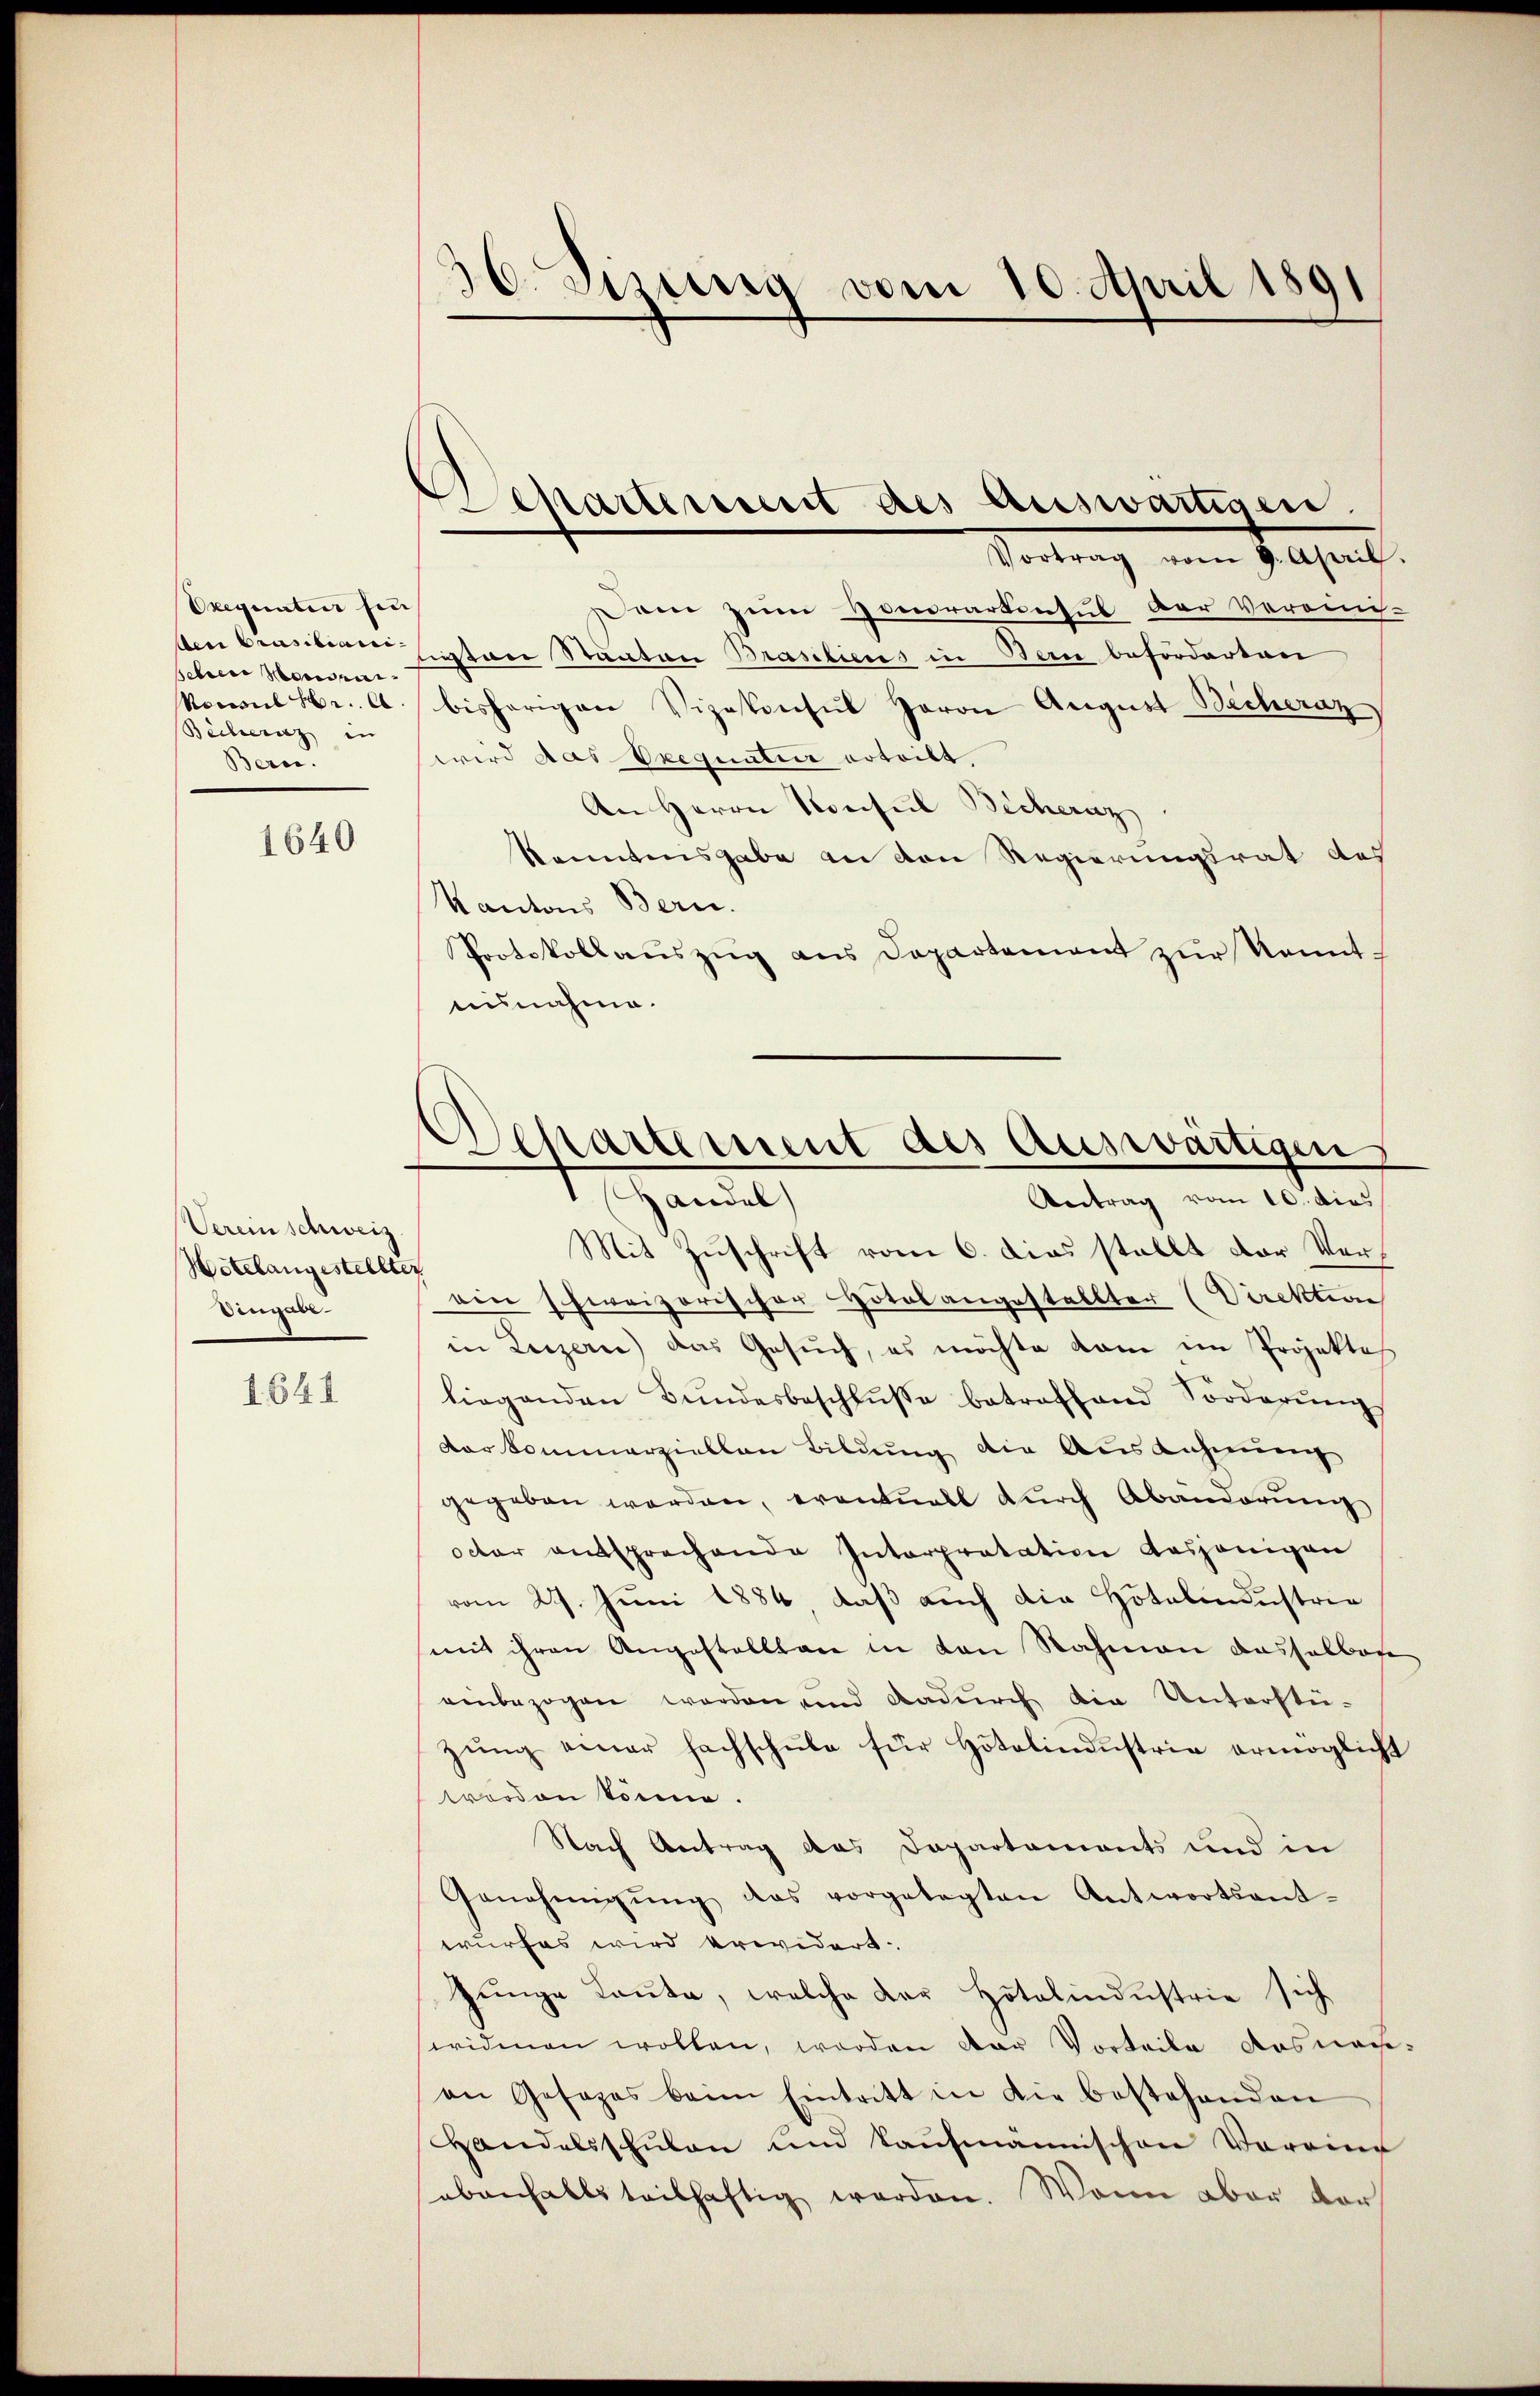
Oxequaten sin
Aen Crasiliani-
sehen Morden.
Nonsul Hr. A.
Becheranz in
Bern.

1640

Verein schweiz.
Wetelangestellter
Vingabe.

1641

36. Jezung vom 10. April 1891

Departement des Auswärtigen
Vortrag vom 9. April.

Separtement des auswärtigen
Handel
Aertrag vom 10. dies

Dem zum Honorartinsul der Vereinis-
insten Staaten Brasiliens in Bern beförderten
bisherigen Vizekonsul Jaron August-Becheraz
wird das Exequatier erteilt.
An Herrn Konsul Bichernz
konntensgabe an den Regierungsrat des
Kantons Bern.
Protokollaŭszŭg ans Departement zŭr Kenntausnahme.
Mit Zuschrift vom 6. dies stellt der Verein schweizerischer Hotelangestellter (Direktion
in Luzern) das Gesuch, es möchte kam im Projektes
liegenden Bundesbeschlŭβe betreffend Forderŭng
darkommerziellen Bildung die Auszahnung
gegeben werden, eventuell durch Abänderŭng
octer entsprechende Interpretation dasjenigen
vom 27. Juni 1884 daß auch die Hotelindustren
mit ihren Angestellten in von Rahmann dasselben
einbezogen worden und Kadŭrch die Unterstü-
zŭng einer Fachschŭle für Hotelindŭstrie ermöglicht
worden könne.
Nach Antrag das Dapartements und in
Genehmigŭng das vorgelegten Antwortsant-
wurfes wird erwidert.
Zunge Laute, welche der Hotelindustrie sich
widmen wollen, worden der Vorteile dosnanan Gesages beim Eintritt in die bestehenden
Handelsschŭlen und Kaŭfmannischen Vereine
ebenfalls teilhaftig werden. Wann aber vor